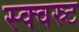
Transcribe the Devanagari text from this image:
स्क्वस्र्ट